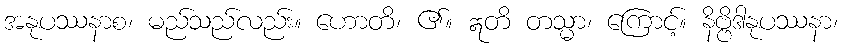
အနုပဿနာစ၊ မည်သည်လည်း။ ဟောတိ၊ ၏။ ဣတိ တသ္မာ၊ ကြောင့်။ နိဗ္ဗိဒါနုပဿနာ၊